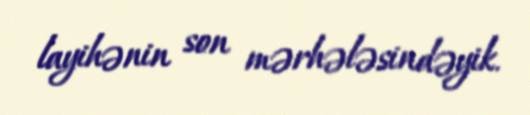
layihənin son mərhələsindəyik.